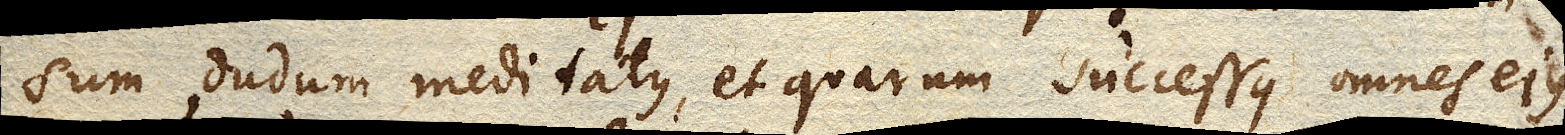
sum dudum meditatus, et quarum successus omnes ejus